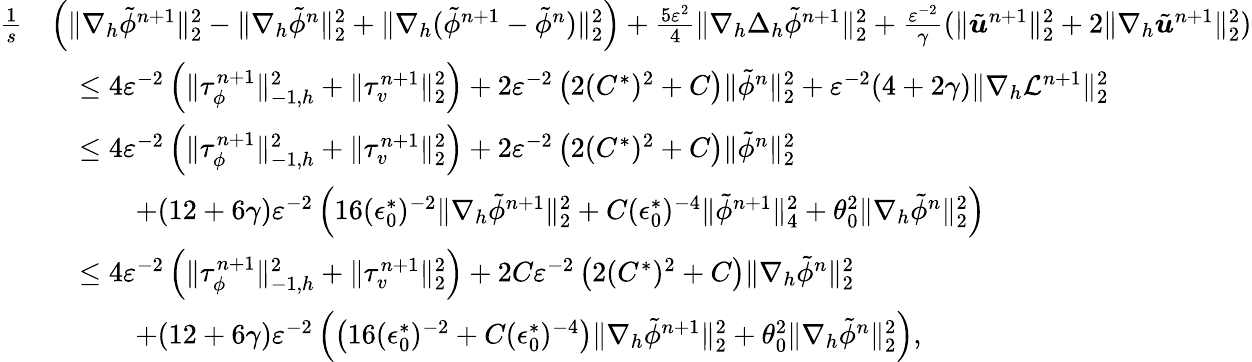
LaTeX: \begin{array}{rl}{\frac{1}{s}}&{\left(\| \nabla_{h}\tilde{\phi}^{n+1}\| _{2}^{2}-\| \nabla_{h}\tilde{\phi}^{n}\| _{2}^{2}+\| \nabla_{h}(\tilde{\phi}^{n+1}-\tilde{\phi}^{n})\| _{2}^{2}\right)+\frac{5\varepsilon^{2}}{4}\| \nabla_{h}\Delta_{h}\tilde{\phi}^{n+1}\| _{2}^{2}+\frac{\varepsilon^{-2}}{\gamma}(\| \tilde{\boldsymbol{u}}^{n+1}\| _{2}^{2}+2\| \nabla_{h}\tilde{\boldsymbol{u}}^{n+1}\| _{2}^{2})}\\ &{\quad\leq 4\varepsilon^{-2}\left(\| \tau_{\phi}^{n+1}\| _{-1,h}^{2}+\| \tau_{v}^{n+1}\| _{2}^{2}\right)+2\varepsilon^{-2}\left(2(C^{*})^{2}+C\right)\| \tilde{\phi}^{n}\| _{2}^{2}+\varepsilon^{-2}(4+2\gamma)\| \nabla_{h}\mathcal{L}^{n+1}\| _{2}^{2}}\\ &{\quad\leq 4\varepsilon^{-2}\left(\| \tau_{\phi}^{n+1}\| _{-1,h}^{2}+\| \tau_{v}^{n+1}\| _{2}^{2}\right)+2\varepsilon^{-2}\left(2(C^{*})^{2}+C\right)\| \tilde{\phi}^{n}\| _{2}^{2}}\\ &{\quad\qquad+(12+6\gamma)\varepsilon^{-2}\left(16(\epsilon_{0}^{*})^{-2}\| \nabla_{h}\tilde{\phi}^{n+1}\| _{2}^{2}+C(\epsilon_{0}^{*})^{-4}\| \tilde{\phi}^{n+1}\| _{4}^{2}+\theta_{0}^{2}\| \nabla_{h}\tilde{\phi}^{n}\| _{2}^{2}\right)}\\ &{\quad\leq 4\varepsilon^{-2}\left(\| \tau_{\phi}^{n+1}\| _{-1,h}^{2}+\| \tau_{v}^{n+1}\| _{2}^{2}\right)+2C\varepsilon^{-2}\left(2(C^{*})^{2}+C\right)\| \nabla_{h}\tilde{\phi}^{n}\| _{2}^{2}}\\ &{\quad\qquad+(12+6\gamma)\varepsilon^{-2}\left(\left(16(\epsilon_{0}^{*})^{-2}+C(\epsilon_{0}^{*})^{-4}\right)\| \nabla_{h}\tilde{\phi}^{n+1}\| _{2}^{2}+\theta_{0}^{2}\| \nabla_{h}\tilde{\phi}^{n}\| _{2}^{2}\right),}\end{array}